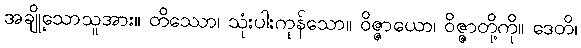
အချို့သောသူအား။ တိဿော၊ သုံးပါးကုန်သော။ ဝိဇ္ဇာယော၊ ဝိဇ္ဇာတို့ကို။ ဒေတိ၊